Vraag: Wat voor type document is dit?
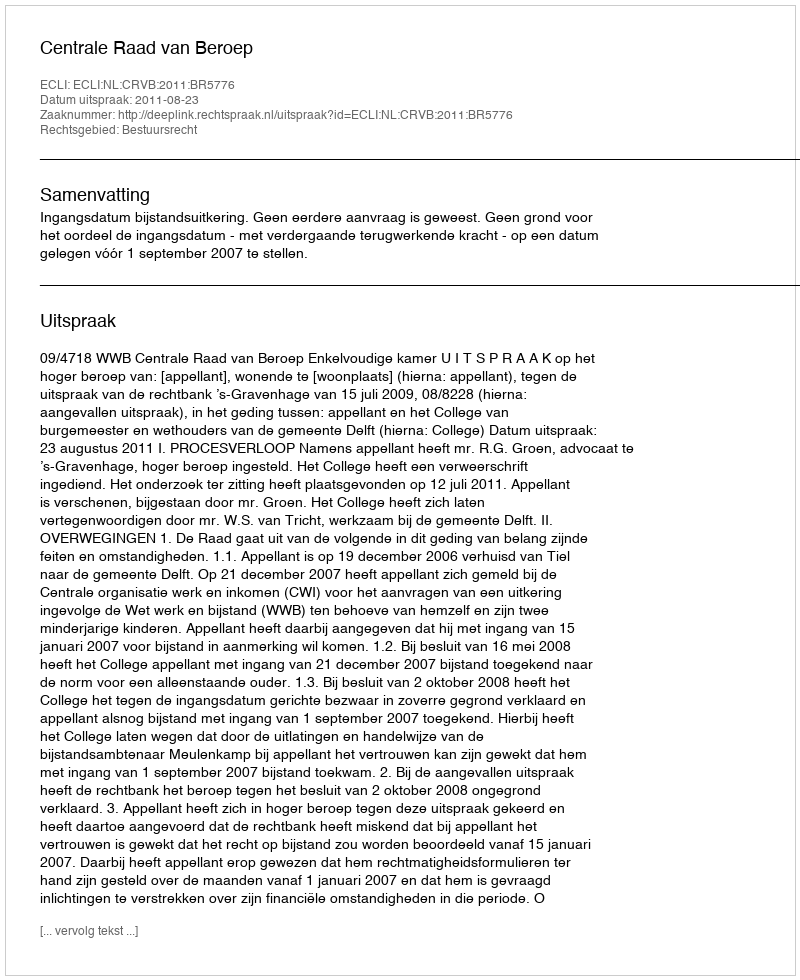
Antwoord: Uitspraak